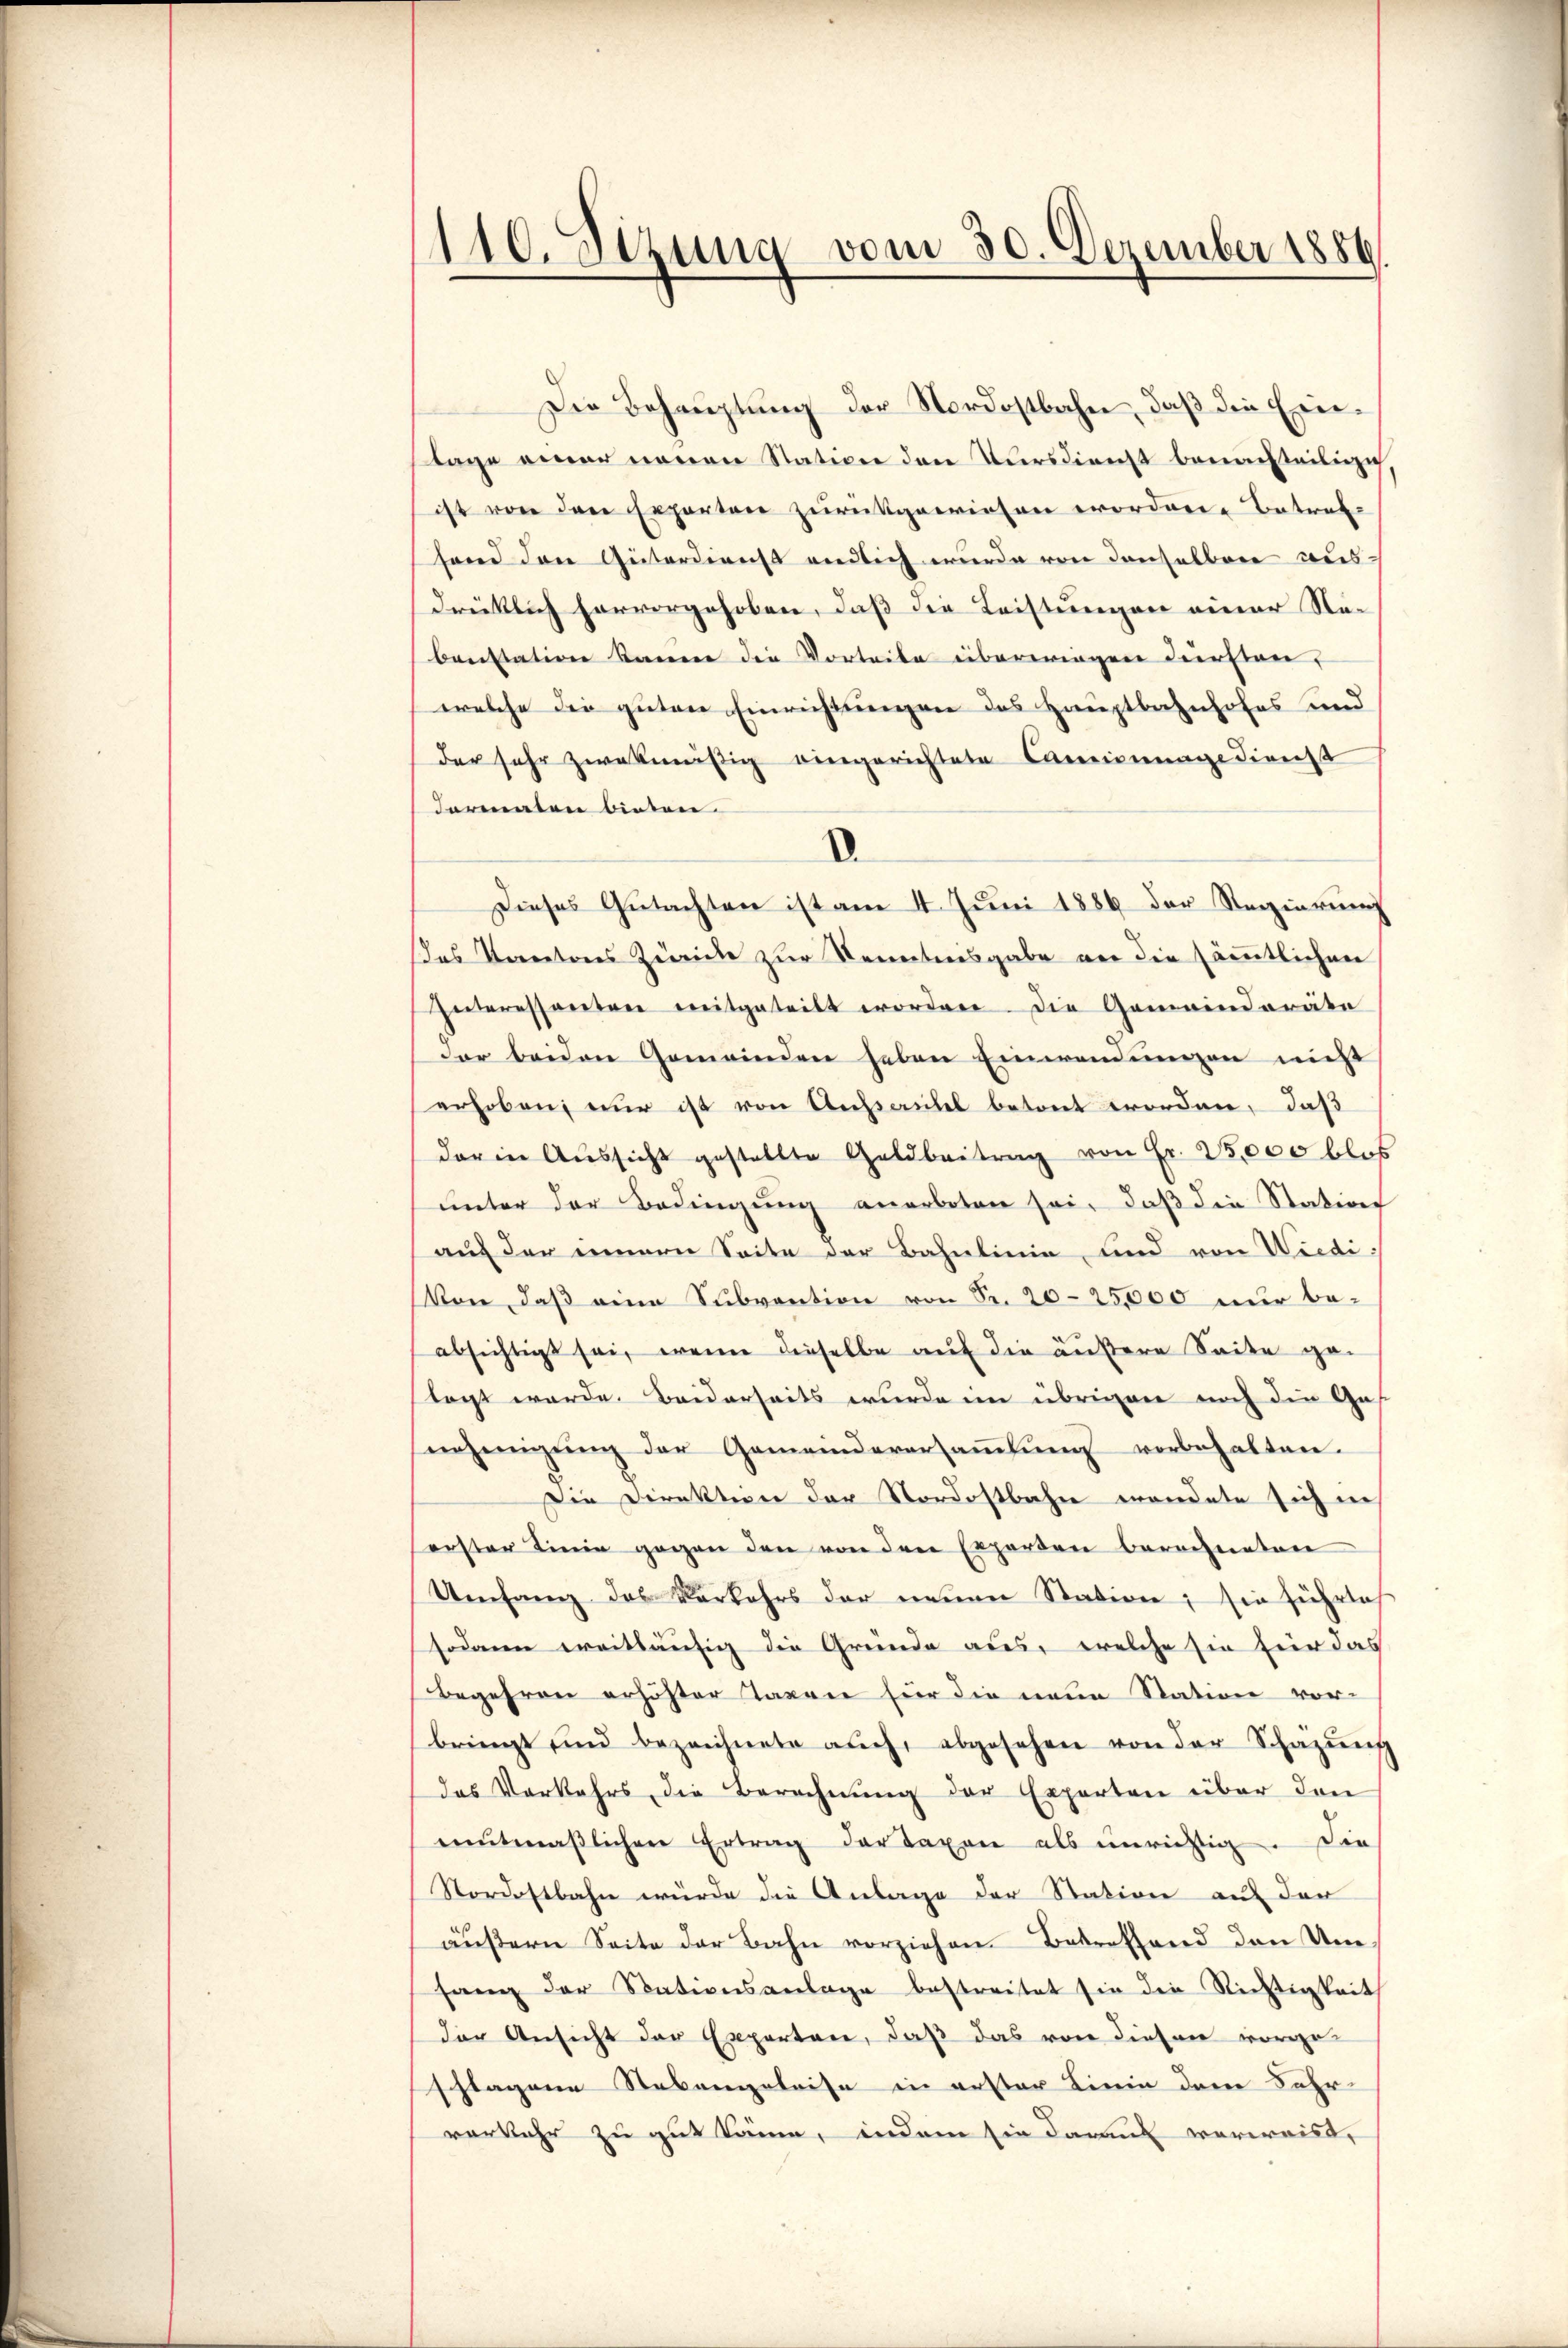
110. Sezung vom 30. Dezember 1886.

Die Behauptung der Nordostbahn, daß die Eintage einer neuen Station den Kursdienst benachteiligi
ist von den separten zurückgewiesen worden. Betraf-
send den Güterdienst endlich wurde von denselben ausdrüklich hervorgehoben, daß die Leistungen einer Nebenstation kanne die Vorteite überwiegen dürften,
welche die guten Einrichtungen des Hauptbahnhofes und
der sehr zwekmäßig eingerichtete Camisurage dienst
Formaten bieten.
.
Dieses Gutachten ist am 4. Juni 1886 der Regierung
das Kantons Zwicke zur Kenntnisgabe an die sämmtlichen
Interessanten mitgeteilt worden. Die Gemeinderäte
Der beiden Gemeinden heben Einwendungen nicht
erhoben, nur ist von Ansaubel betont worden, daß
darin Aŭssicht gestellte Geldbeitrag von Fr. 25,000 blos
unter der Bedingung anerboten sei, daß die Station
auf der innern Seite der Bahnlinie, und von Wiedi-
Von, daβ eine Subvention von Fr. 2025,000 nur be-
absichtigt sei, wenn dieselbe auf die äußere Seite gelagt werde. Beiderseits wurde im übrigen noch die Gas
verjenigŭng der Gemeindeversaṁlŭng vorbehalten.
Die Direktion der Nordostbahn wendete sich in
erster Linie gegen den von den Experten berechneten
Umfang des Verkehrs der neuen Station; sie führlich
sodann ereitläufig die Gründe aus, welche sie für das
Begehren erhöhter Taxen für die neue Station vor-
bringt und bezeichnete auch, abgesehen von der Schäzŭng
das Vorkehrs die Berechnung der Experten über den
eŭtmäβlichere Ertrag der Taxen als unrichtig. Die
Nordostbahn würde die Anlage der Station auf der
äŭβern Seite der Bahn vorziehen. Betreffend den Um
hang der Stationsanlage bestreitet sie die Richtigkeit
der Ansicht der Exporten, daß das von diesen vorgeschlagene Stebengeleise in erster Linie dem Fahr-
verkehr zu gut könne, indem sie daraus verweist,